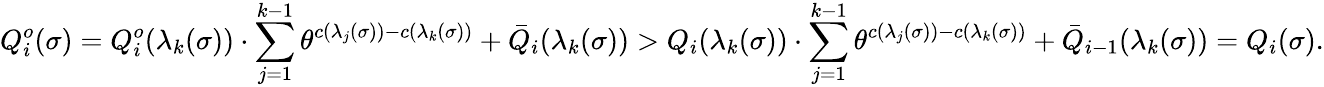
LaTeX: Q_{i}^{o}(\sigma)=Q_{i}^{o}(\lambda_{k}(\sigma))\cdot\sum_{j=1}^{k-1}\theta^{c(\lambda_{j}(\sigma))-c(\lambda_{k}(\sigma))}+\bar{Q}_{i}(\lambda_{k}(\sigma))>Q_{i}(\lambda_{k}(\sigma))\cdot\sum_{j=1}^{k-1}\theta^{c(\lambda_{j}(\sigma))-c(\lambda_{k}(\sigma))}+\bar{Q}_{i-1}(\lambda_{k}(\sigma))=Q_{i}(\sigma).